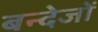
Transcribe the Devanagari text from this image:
बन्देजों